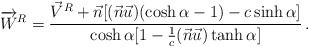
\begin{align*} \overrightarrow{W}^R = \frac{\vec{V}^R + \vec{n}[(\vec{n}\vec{u})(\cosh \alpha -1) - c\sinh \alpha]} {\cosh \alpha [1 - \frac{1}{c}(\vec{n} \vec{u})\tanh \alpha]}\, .\end{align*}